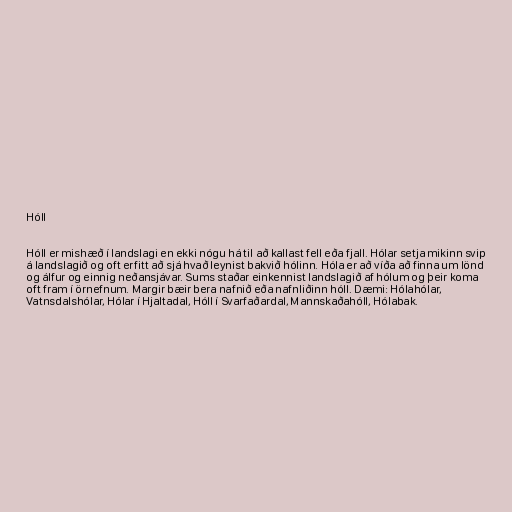
Hóll

Hóll er mishæð í landslagi en ekki nógu há til að kallast fell eða fjall. Hólar setja mikinn svip
á landslagið og oft erfitt að sjá hvað leynist bakvið hólinn. Hóla er að víða að finna um lönd
og álfur og einnig neðansjávar. Sums staðar einkennist landslagið af hólum og þeir koma
oft fram í örnefnum. Margir bæir bera nafnið eða nafnliðinn hóll. Dæmi: Hólahólar,
Vatnsdalshólar, Hólar í Hjaltadal, Hóll í Svarfaðardal, Mannskaðahóll, Hólabak.